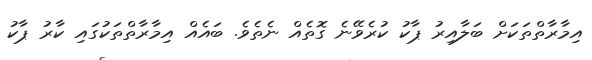
އިމާރާތްތަކަށް ބަލާއިރު ޕާކު ކުރެވޭނެ ގޮތެއް ނެތެވެ. ބައެއް އިމާރާތްތަކުގައި ކާރު ޕާކު